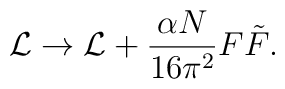
{\cal L} \rightarrow {\cal L} + \frac {\alpha  N}{16 \pi^2} F\tilde{F}.